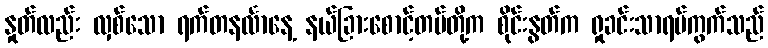
နှုတ်လည်း လှစ်သော ရက်တနင်္လာနေ့ နယ်ခြားစောင့်တပ်တို့က စိုင်းနွတ်က ရှုခင်းသာရပ်ကွက်သည်